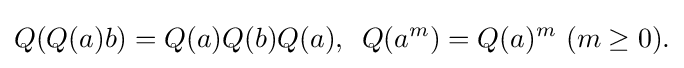
\displaystyle {Q(Q(a)b)=Q(a)Q(b)Q(a),\,\,\,Q(a^{m})=Q(a)^{m}\,\,(m\geq 0).}